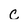
Character: c